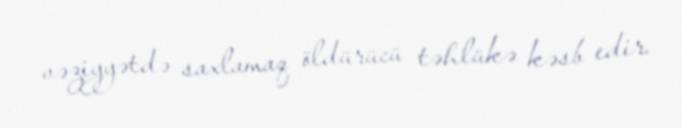
vəziyyətdə saxlamaq öldürücü təhlükə kəsb edir.